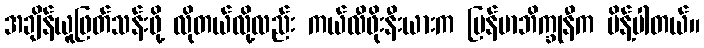
အချိန်ယူဖြတ်သန်းဖို့ လိုတယ်လို့လည်း ကယ်လီဖိုးနီးယားက မြန်မာဘိက္ခုနီက မိန့်ပါတယ်။